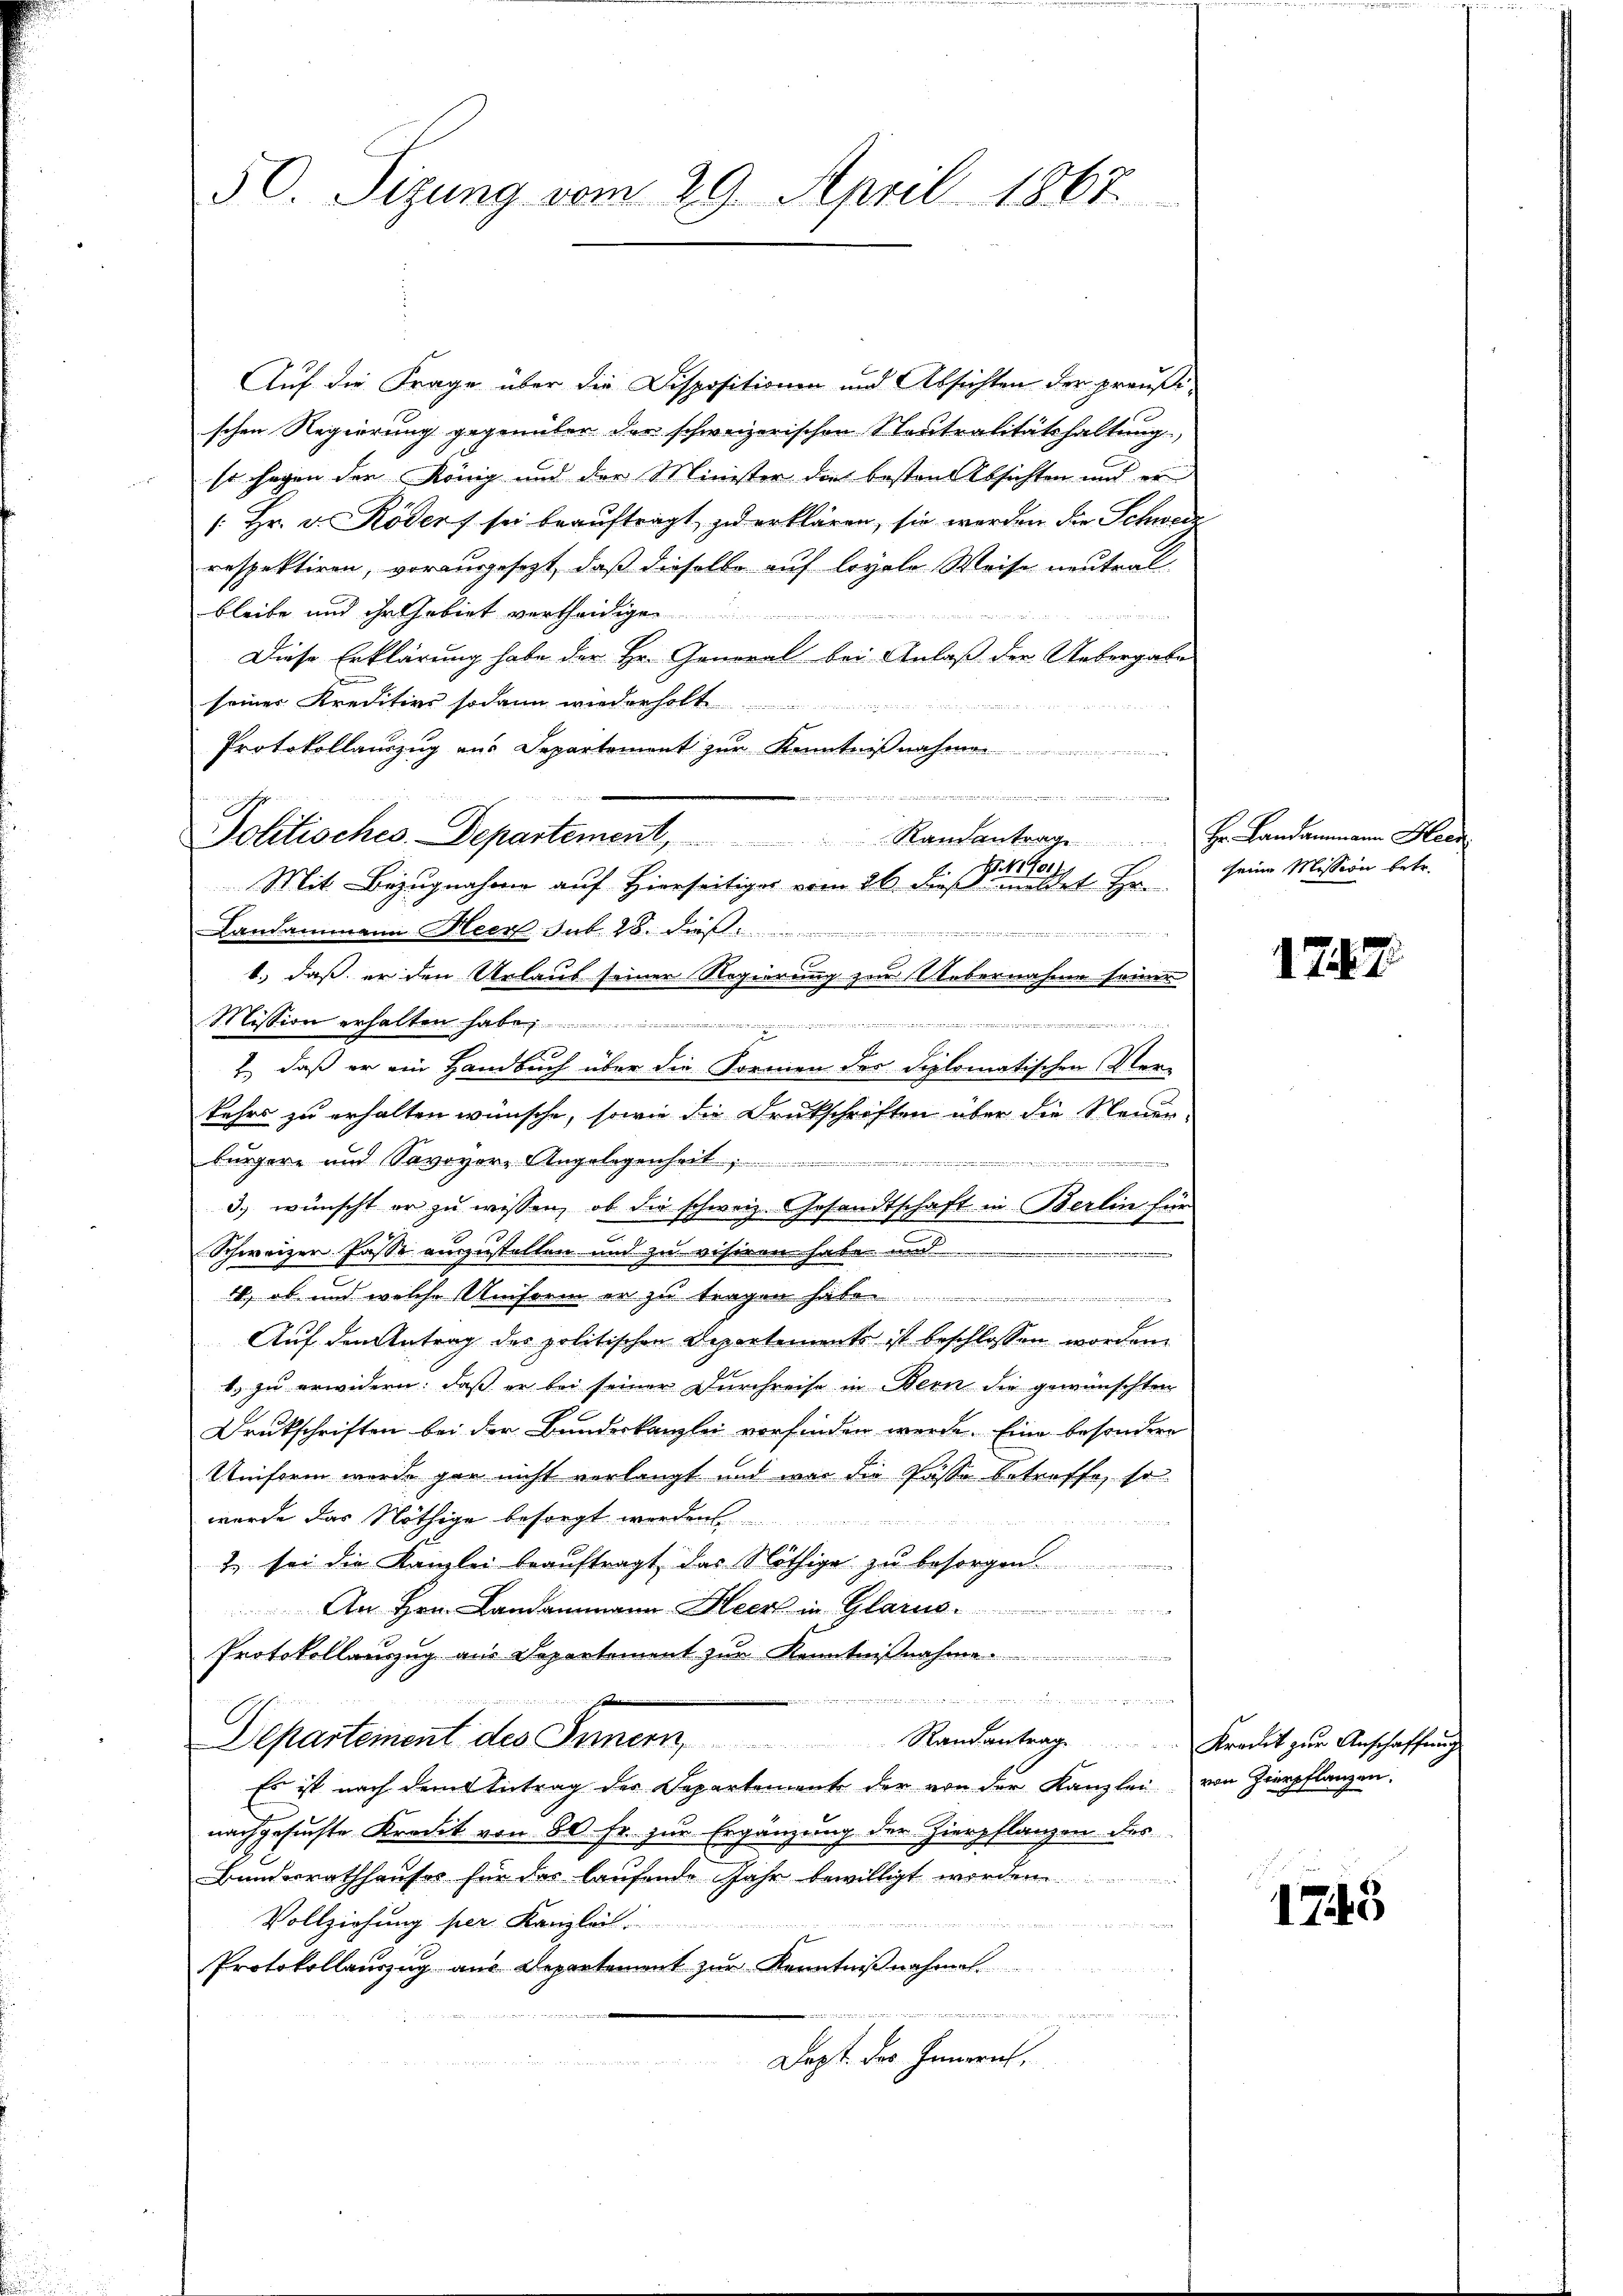
50. Sizung vom 29. April 1867.

Jolitisches. Departement, Randantrag ..  Hr. Landammann Herr
H. Jo
Mit Bezugnahme auf Hierseitiges vom 26. Fest nichtet Hrn.

Auf die Frage über die Dispositionen und Absichten der preußischen Regierung gegenüber der schweizerischen Neutralitätshaltung,
so sagen der König und der Minister die besten Absichten und er
[Hr. v. Köders sei beauftragt zu erklären, sie werden die Schwere
respektiren, vorangesezt, daß dieselbe auf loyale Weise neutral-
bleibe und ihr Gebiet vertheidige
Diese Erklärung habe der Hr. General bei Anlaß der Uebergabe
seiner Kreditivs sodann wiederholt.
Protokollauszug aus Departement zur Kenntnißnahme
Landammann Heer sub 28. Die

1., daß er den Urlaub seiner Regierung zur Übernahme seiner
Mission erhalten habe ..........
methan und eine
e
u
2, daß er ein Handbuch über die Formen der Diplomatischen Verkehrs zu erhalten wünsche, sowie die Druckschriften über die Neuerbürgere und Savoyer-Angelegenheit
e
3.) wünscht er zu wissen, ob die schweiz. Gesandtschaft in Berlin für
Schweizer Pässe einzustellen und zu visiren habe und
4, ob und welche Uniform er zu tragen habe
Auf den Antrag des politischen Departements ist beschlossen worden.
1. zu erwidern: daß er bei seiner Durchreise in Bern die gewünschten
Drukschriften bei der Bundeskanzlei vorfinden werde. Eine besondere
Uniform wurde gar nicht verlangt und war die Pässe betroffe, so
werde das Nöthige besorgt

1 sei die Kanzlei beauftragt, das Nöthige zu besorgen.
An Hrn. Landammann Heer in Glarus.
Protokollanzug aus Separtement zur Kenntnißnahme.
, d   es gewesen   ge
tatum
Departement des Innern Randantrag ..  Kredit zŭr Anschaffŭng
Es ist nach dem Antrag des Departement der von der Kanzlei von Zierpflanzen.
nachgesuchte Kredit von 80 Fr. zur Ergänzung der Zierpflanzen des
Bundesrathhauses für das laufende Jahr bewilligt worden.
Vollziehung per Kanzleil
tree die
Protokollauszug aus Departement zur Kenntnißnahmen.
Dapt. der Heinrich,

seine Mission betr.

1747

1745